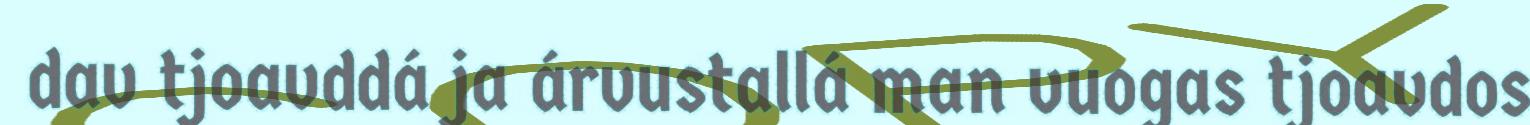
dav tjoavddá ja árvustallá man vuogas tjoavdos